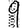
Digit: 9